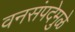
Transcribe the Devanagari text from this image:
वनसंपदेमुळे